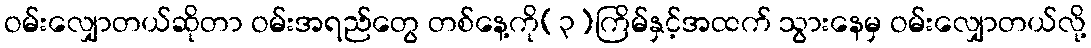
ဝမ်းလျှောတယ်ဆိုတာ ဝမ်းအရည်တွေ တစ်နေ့ကို(၃)ကြိမ်နှင့်အထက် သွားနေမှ ဝမ်းလျှောတယ်လို့